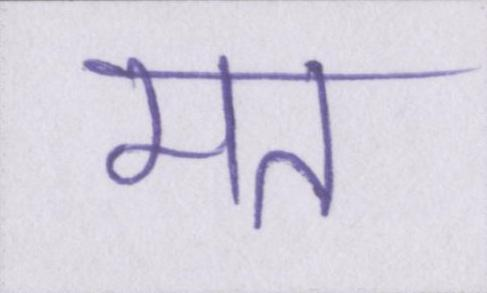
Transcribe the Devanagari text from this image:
मत